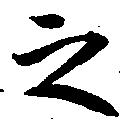
之